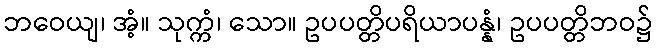
ဘဝေယျ၊ အံ့။ သုက္ကံ၊ သော။ ဥပပတ္တိပရိယာပန္နံ၊ ဥပပတ္တိဘဝ၌